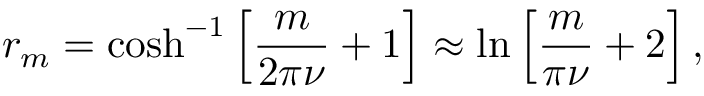
r _ { m } = \cosh ^ { - 1 } \left[ \frac { m } { 2 \pi \nu } + 1 \right] \approx \ln \left[ \frac { m } { \pi \nu } + 2 \right] ,